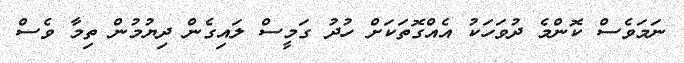
ނަމަވެސް ކޮންމެ ދުވަހަކު އެއްގޮތަކަށް ހުދު ގަމީސް ލައިގެން ދިޔުމުން ތިމާ ވެސް